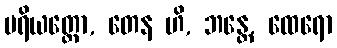
ပရိယတ္တော, တေန ဟိ, ဘန္တေ, ထေရော